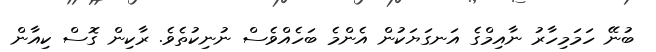
ބުނޭ ހަމަމިހާރު ނާއިމްގެ އަނގަޔަކުން އެންމެ ބަހެއްވެސް ނުނިކުތެވެ. ރާކިން ގޮސް ކިއާން